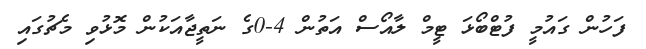
ފަހުން ގައުމީ ފުޓްބޯޅަ ޓީމް ލާއޯސް އަތުން 4-0ގެ ނަތީޖާއަކުން މޮޅުވި މެޗުގައި